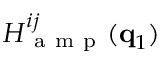
H _ { \mathrm { ~ a ~ m ~ p ~ } } ^ { i j } ( \mathbf { q } _ { 1 } )